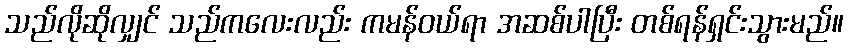
သည်လိုဆိုလျှင် သည်ကလေးလည်း ကမန်ဝယ်ရာ အဆစ်ပါပြီး တစ်ရန်ရှင်းသွားမည်။